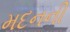
મદનની